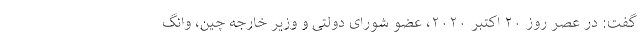
گفت: در عصر روز ۲۰ اکتبر ۲۰۲۰، عضو شورای دولتی و وزیر خارجه چین، وانگ